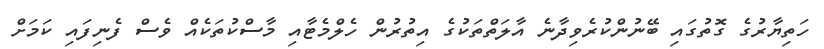
ހަތިޔާރުގެ ގޮތުގައި ބޭނުންކުރެވިދާނެ އާލަތްތަކުގެ އިތުރުން ހެލްމެޓާއި މާސްކުތަކެއް ވެސް ފެނިފައި ކަމަށް